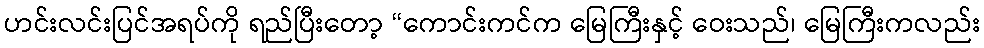
ဟင်းလင်းပြင်အရပ်ကို ရည်ပြီးတော့ “ကောင်းကင်က မြေကြီးနှင့် ဝေးသည်၊ မြေကြီးကလည်း